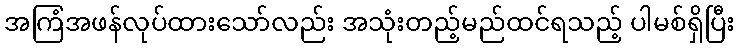
အကြံအဖန်လုပ်ထားသော်လည်း အသုံးတည့်မည်ထင်ရသည့် ပါမစ်ရှိပြီး